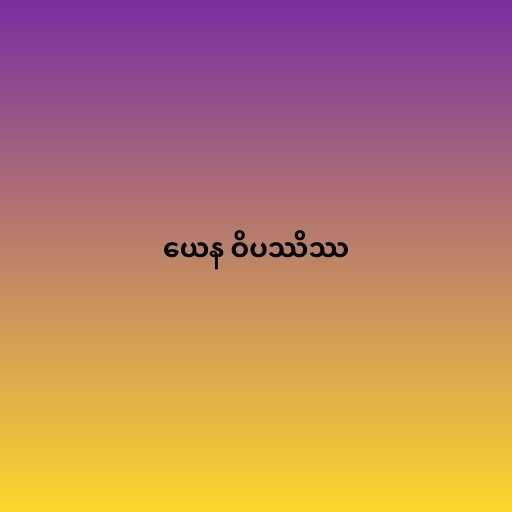
ယေန ဝိပဿိဿ